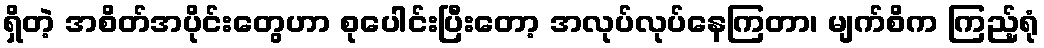
ရှိတဲ့ အစိတ်အပိုင်းတွေဟာ စုပေါင်းပြီးတော့ အလုပ်လုပ်နေကြတာ၊ မျက်စိက ကြည့်ရုံ